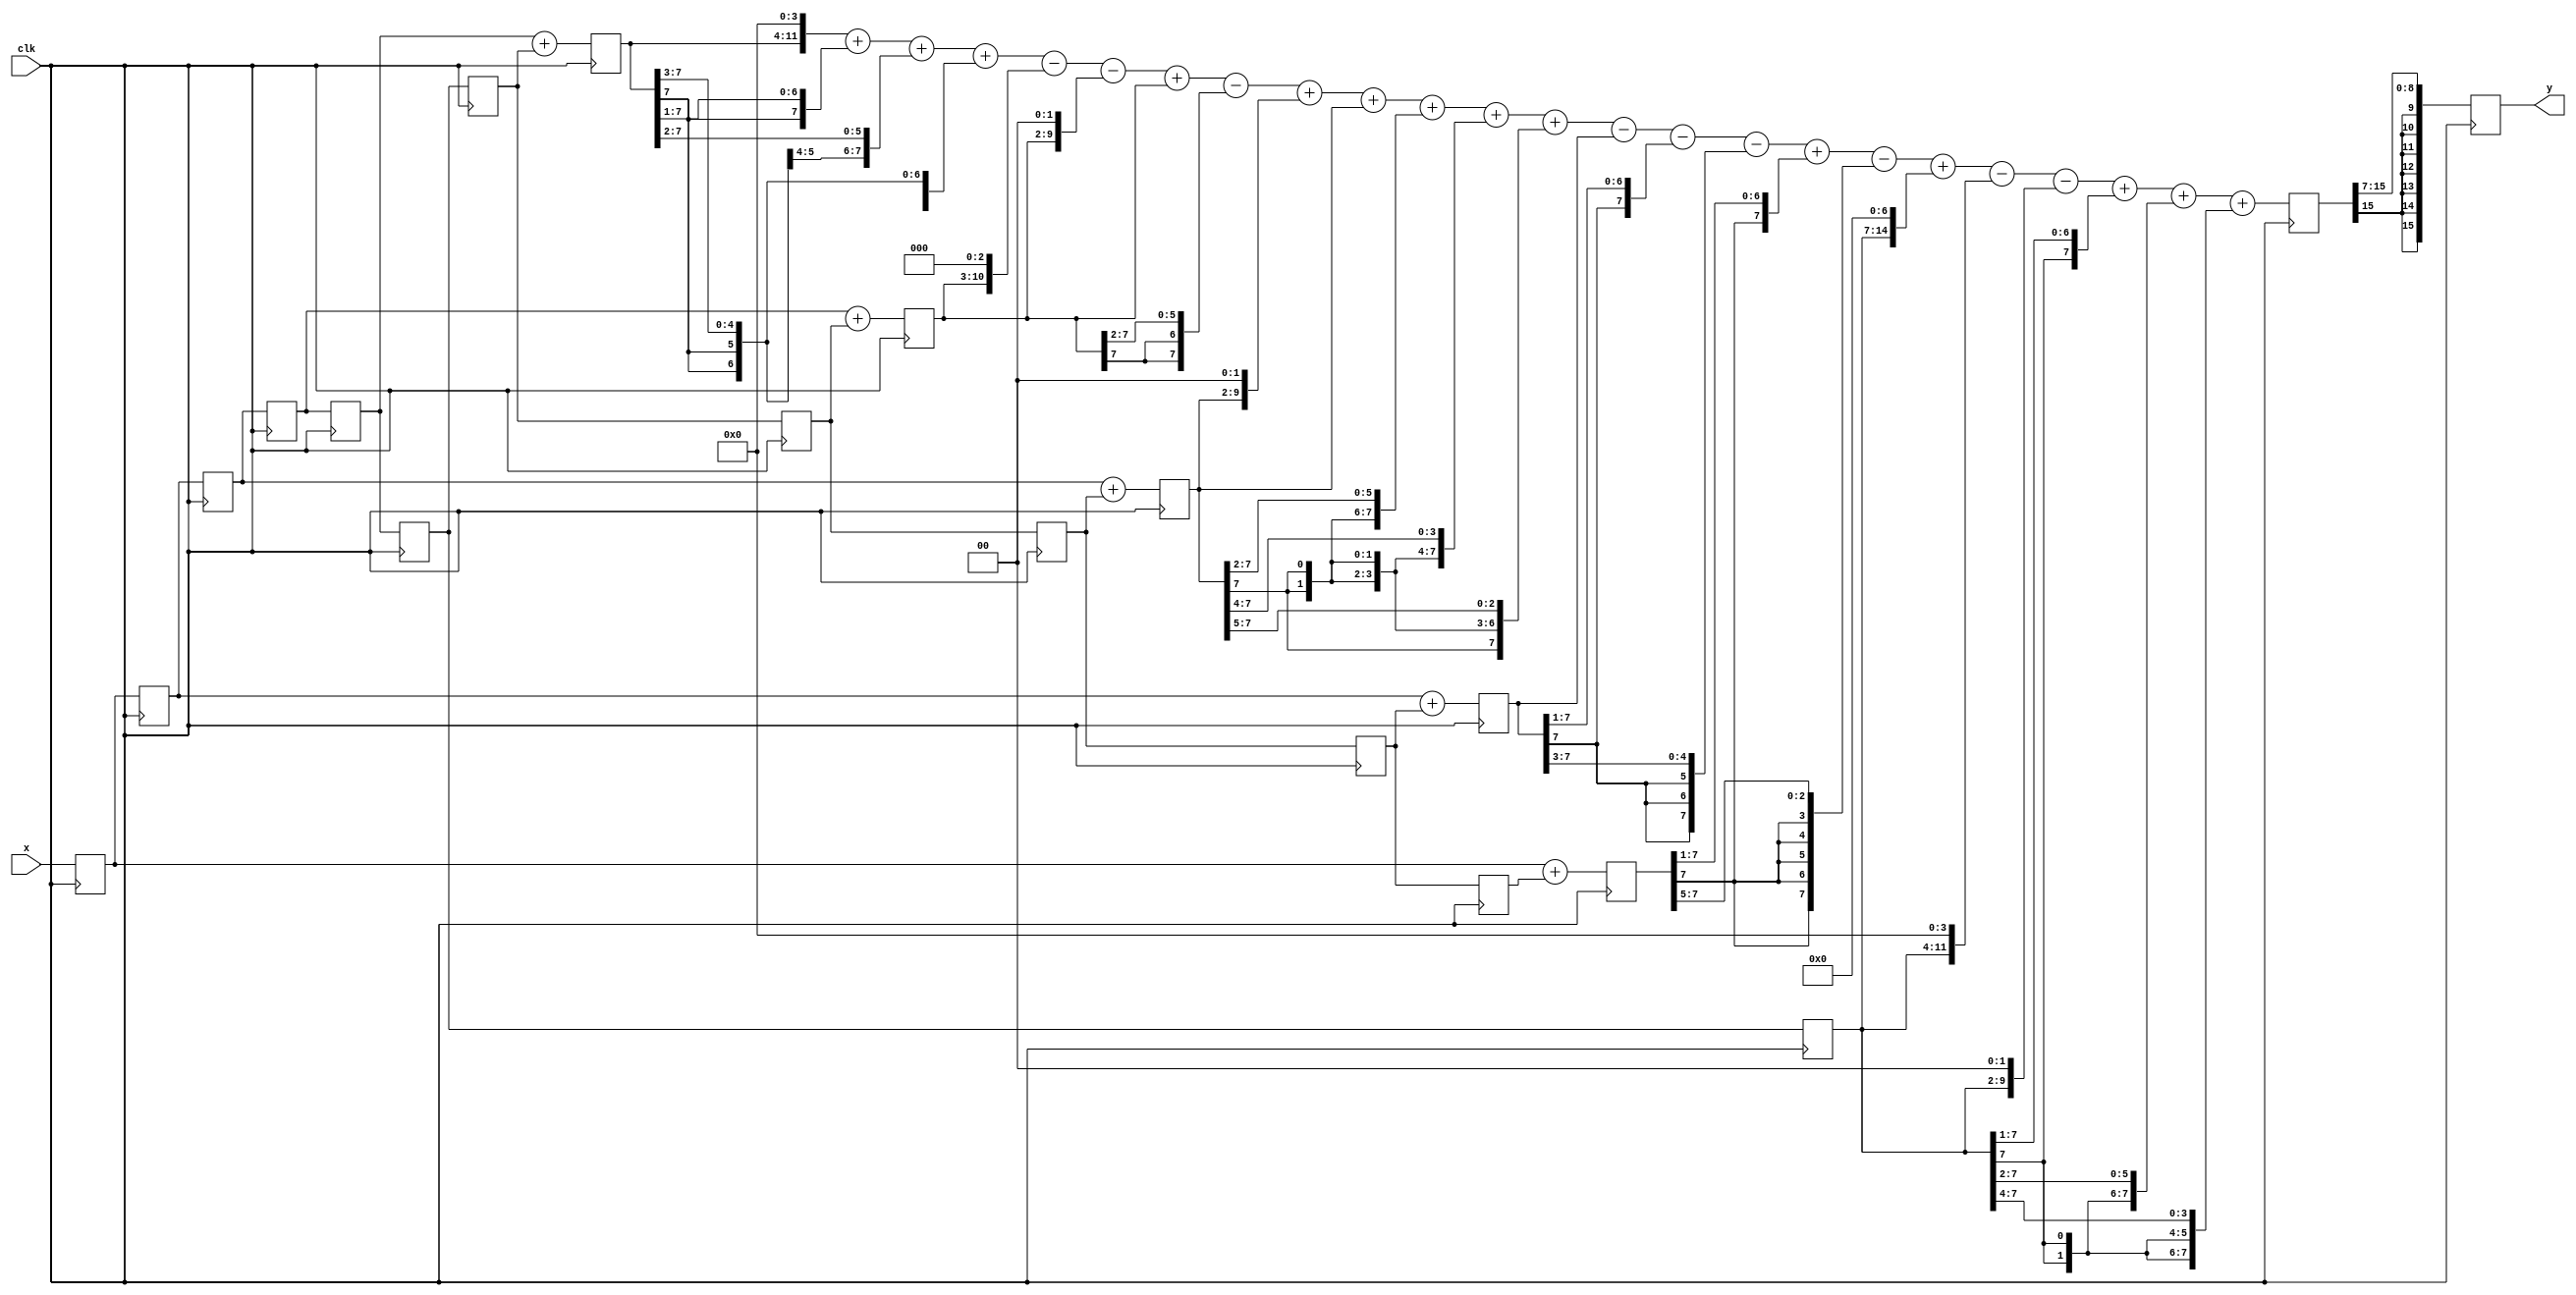
module fir(clk,x,y);
input[7:0] x;
input clk;
output[15:0] y;
reg[15:0] y;
reg[7:0] tap0,tap1,tap2,tap3,tap4,tap5,tap6,tap7,tap8,tap9,tap10;
reg[7:0] t0,t1,t2,t3,t4,t5;
reg[15:0] sum;

always@(posedge clk)
  begin
	t0<=tap5;
   	t1<=tap4+tap6;
   	t2<=tap3+tap7;
   	t3<=tap2+tap8;
   	t4<=tap1+tap9;
	t5<=tap0+tap10;
   	
   	sum<=(t1<<4)+{t1[7],t1[7:1]}+{t1[7],t1[7],t1[7:2]}+{t1[7],t1[7],t1[7],
	t1[7:3]}-(t2<<3)-(t2<<2)+t2-{t2[7],t2[7],t2[7:2]}
	+(t3<<2)+t3+{t3[7],t3[7],t3[7:2]}+{t3[7],t3[7],t3[7],t3[7],t3[7:4]}
	+{t3[7],t3[7],t3[7],t3[7],t3[7],t3[7:5]}
	-t4-{t4[7],t4[7:1]}-{t4[7],t4[7],t4[7],t4[7:3]}
	+{t5[7],t5[7:1]}-{t5[7],t5[7],t5[7],t5[7],t5[7],t5[7:5]}
	+(t0<<7)-((t0<<2)<<2)-(t0<<2)+{t0[7],t0[7:1]}
	+{t0[7],t0[7],t0[7:2]}+{t0[7],t0[7],t0[7],t0[7],t0[7:4]};
	
	tap10<=tap9;
   	tap9<=tap8;
   	tap8<=tap7;
   	tap7<=tap6;
   	tap6<=tap5;
   	tap5<=tap4;
   	tap4<=tap3;
   	tap3<=tap2;
   	tap2<=tap1;
   	tap1<=tap0;
   	tap0<=x;
   
	y<={sum[15],sum[15],sum[15],sum[15],sum[15],sum[15],sum[15],sum[15:7]};
  end
endmodule